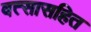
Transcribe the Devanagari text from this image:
वत्सासहित